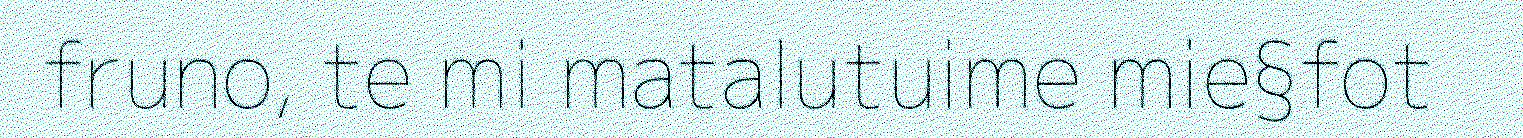
fruno, te mi matalutuime mie§fot